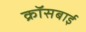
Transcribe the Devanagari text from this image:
क्रॉसबाई